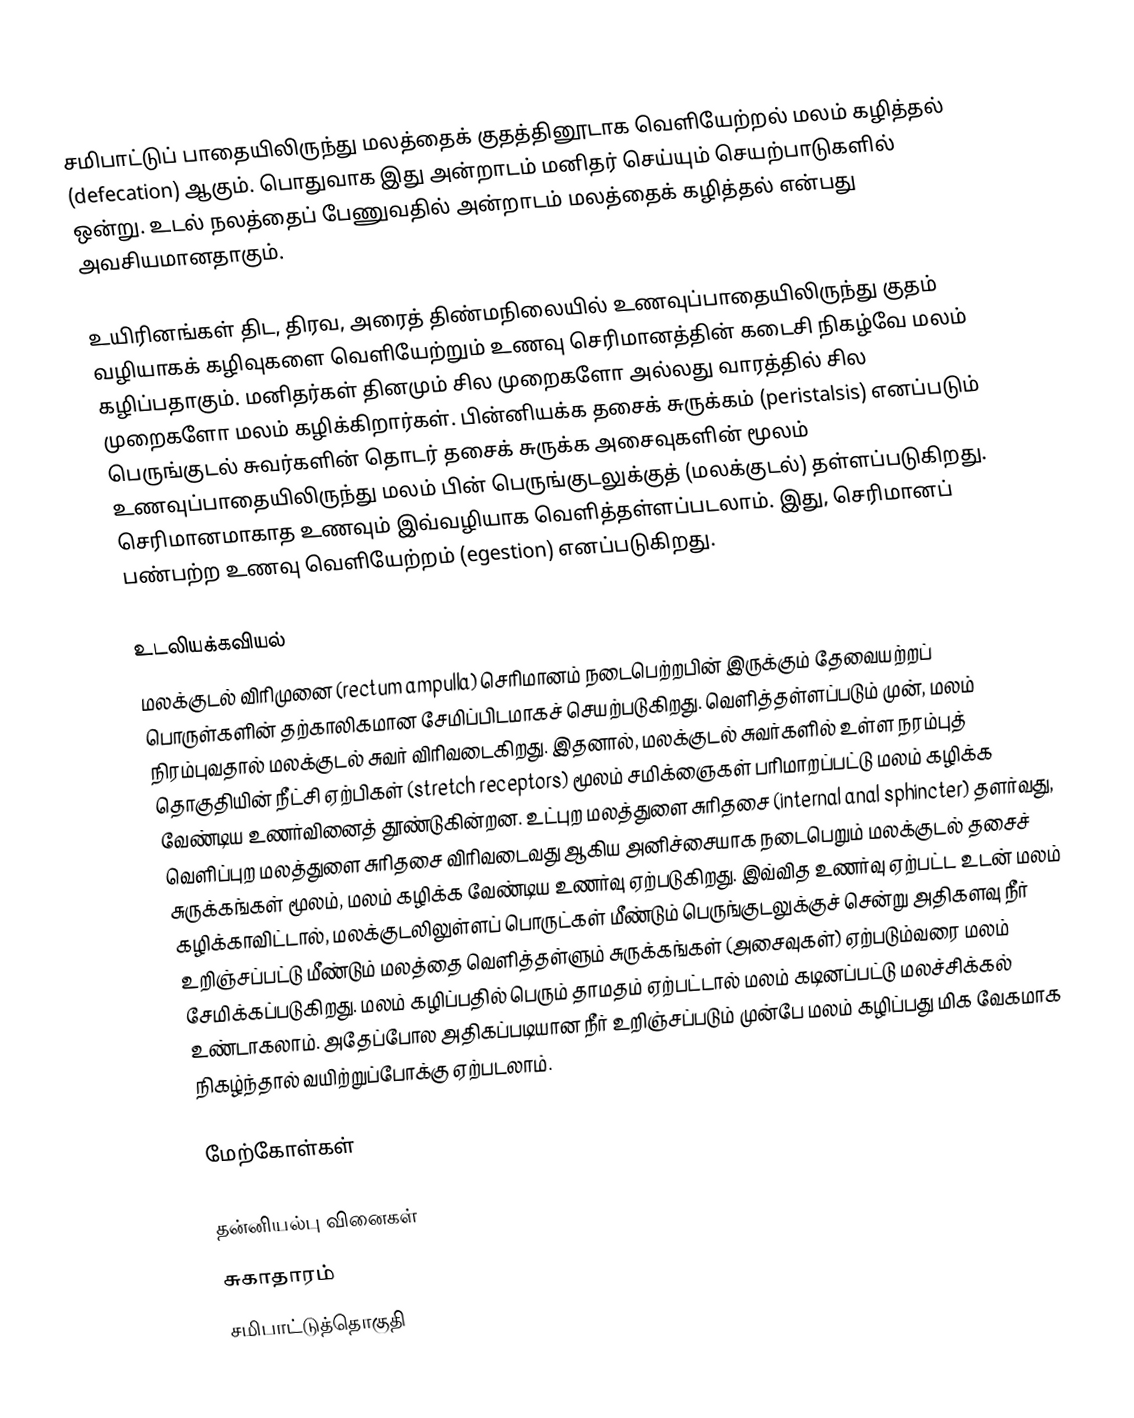
சமிபாட்டுப் பாதையிலிருந்து மலத்தைக் குதத்தினூடாக வெளியேற்றல் மலம் கழித்தல் (defecation) ஆகும். பொதுவாக இது அன்றாடம் மனிதர் செய்யும் செயற்பாடுகளில் ஒன்று. உடல் நலத்தைப் பேணுவதில் அன்றாடம் மலத்தைக் கழித்தல் என்பது அவசியமானதாகும்.

உயிரினங்கள் திட, திரவ, அரைத் திண்மநிலையில் உணவுப்பாதையிலிருந்து  குதம் வழியாகக் கழிவுகளை வெளியேற்றும் உணவு செரிமானத்தின் கடைசி நிகழ்வே மலம் கழிப்பதாகும். மனிதர்கள் தினமும் சில முறைகளோ அல்லது வாரத்தில் சில முறைகளோ மலம் கழிக்கிறார்கள். பின்னியக்க தசைக் சுருக்கம் (peristalsis) எனப்படும் பெருங்குடல் சுவர்களின் தொடர் தசைக் சுருக்க அசைவுகளின் மூலம் உணவுப்பாதையிலிருந்து மலம் பின் பெருங்குடலுக்குத் (மலக்குடல்) தள்ளப்படுகிறது. செரிமானமாகாத உணவும் இவ்வழியாக வெளித்தள்ளப்படலாம். இது, செரிமானப் பண்பற்ற உணவு வெளியேற்றம் (egestion) எனப்படுகிறது.

உடலியக்கவியல்
மலக்குடல் விரிமுனை (rectum ampulla) செரிமானம் நடைபெற்றபின் இருக்கும் தேவையற்றப் பொருள்களின் தற்காலிகமான சேமிப்பிடமாகச் செயற்படுகிறது. வெளித்தள்ளப்படும் முன், மலம் நிரம்புவதால் மலக்குடல் சுவர் விரிவடைகிறது. இதனால், மலக்குடல் சுவர்களில் உள்ள நரம்புத் தொகுதியின் நீட்சி ஏற்பிகள் (stretch receptors) மூலம் சமிக்ஞைகள் பரிமாறப்பட்டு மலம் கழிக்க வேண்டிய உணர்வினைத் தூண்டுகின்றன. உட்புற மலத்துளை சுரிதசை (internal anal sphincter) தளர்வது, வெளிப்புற மலத்துளை சுரிதசை விரிவடைவது ஆகிய அனிச்சையாக நடைபெறும் மலக்குடல் தசைச் சுருக்கங்கள் மூலம், மலம் கழிக்க வேண்டிய உணர்வு ஏற்படுகிறது. இவ்வித உணர்வு ஏற்பட்ட உடன் மலம் கழிக்காவிட்டால், மலக்குடலிலுள்ளப் பொருட்கள் மீண்டும் பெருங்குடலுக்குச் சென்று அதிகளவு நீர் உறிஞ்சப்பட்டு மீண்டும் மலத்தை வெளித்தள்ளும் சுருக்கங்கள் (அசைவுகள்) ஏற்படும்வரை மலம் சேமிக்கப்படுகிறது. மலம் கழிப்பதில் பெரும் தாமதம் ஏற்பட்டால் மலம் கடினப்பட்டு மலச்சிக்கல் உண்டாகலாம். அதேப்போல அதிகப்படியான நீர் உறிஞ்சப்படும் முன்பே மலம் கழிப்பது மிக வேகமாக நிகழ்ந்தால் வயிற்றுப்போக்கு ஏற்படலாம்.

மேற்கோள்கள்

தன்னியல்பு வினைகள்
சுகாதாரம்
சமிபாட்டுத்தொகுதி